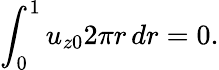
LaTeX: \int_{0}^{1}u_{z0}2\pi r\, dr=0.